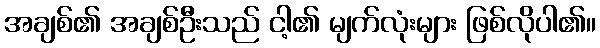
အချစ်၏ အချစ်ဦးသည် ငါ့၏ မျက်လုံးများ ဖြစ်လိုပါ၏။